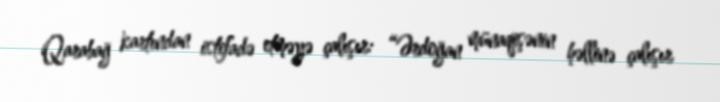
Qarabağ kartından istifadə etməyə çalışır: “Ərdoğan münaqişənin həllinə çalışır